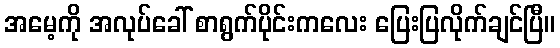
အမေ့ကို အလုပ်ခေါ် စာရွက်ပိုင်းကလေး ပြေးပြလိုက်ချင်ပြီ။